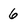
Character: 6